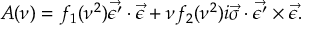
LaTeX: A ( \nu ) = f _ { 1 } ( \nu ^ { 2 } ) \vec { \epsilon ^ { \prime } } \cdot \vec { \epsilon } + \nu f _ { 2 } ( \nu ^ { 2 } ) i \vec { \sigma } \cdot \vec { \epsilon ^ { \prime } } \times \vec { \epsilon } .